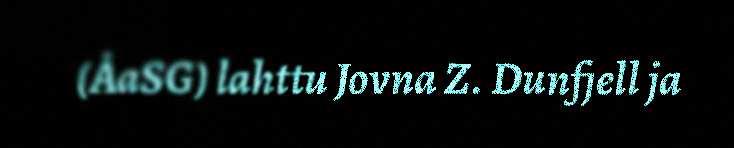
(ÅaSG) lahttu Jovna Z. Dunfjell ja